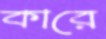
কারে